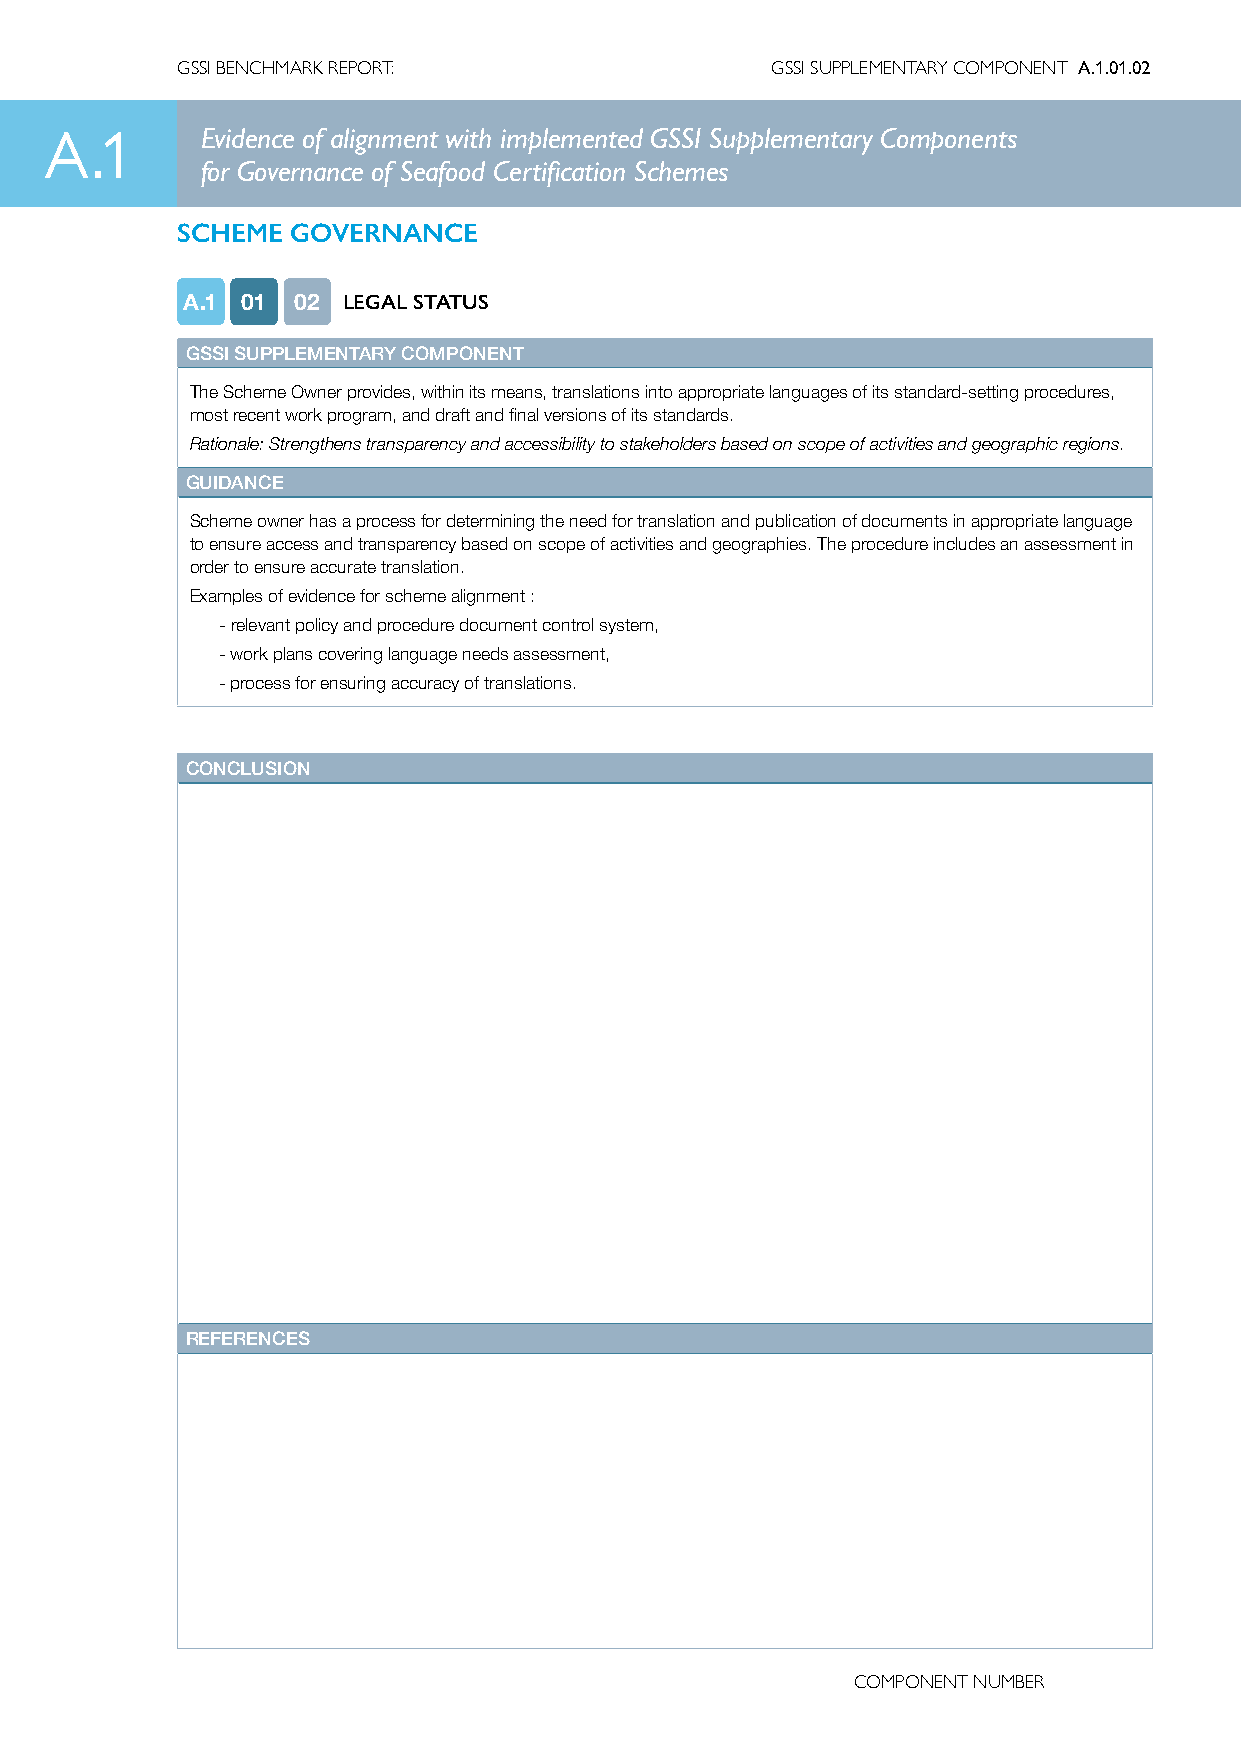
GSSI BENCHMARK REPORT:                 GSSI SUPPLEMENTARY COMPONENT A.1.01.02
 A.1       Evidence of alignment with implemented GSSI Supplementary Components
 for Governance of Seafood Certification Schemes
 SCHEME GOVERNANCE
 A.1 01 02  LEGAL STATUS
 GSSI SUPPLEMENTARY COMPONENT
 The Scheme Owner provides, within its means, translations into appropriate languages of its standard-setting procedures,
 most recent work program, and draft and final versions of its standards.
 Rationale: Strengthens transparency and accessibility to stakeholders based on scope of activities and geographic regions.
 GUIDANCE
 Scheme owner has a process for determining the need for translation and publication of documents in appropriate language
 to ensure access and transparency based on scope of activities and geographies. The procedure includes an assessment in
 order to ensure accurate translation.
 Examples of evidence for scheme alignment :
 -relevant policy and procedure document control system,
 -work plans covering language needs assessment,
 -process for ensuring accuracy of translations.
 CONCLUSION
 REFERENCES
 COMPONENT NUMBER